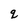
Character: q